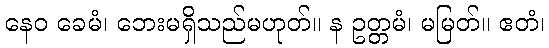
နေဝ ခေမံ၊ ဘေးမရှိသည်မဟုတ်။ န ဥတ္တမံ၊ မမြတ်။ ဧတံ၊